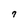
Character: 7